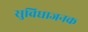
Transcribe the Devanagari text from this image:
सुविघाजनक